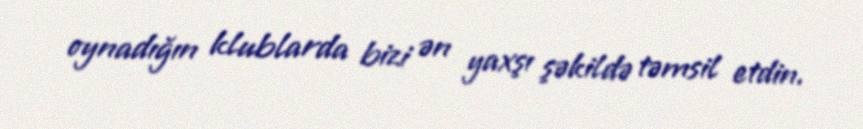
oynadığın klublarda bizi ən yaxşı şəkildə təmsil etdin.